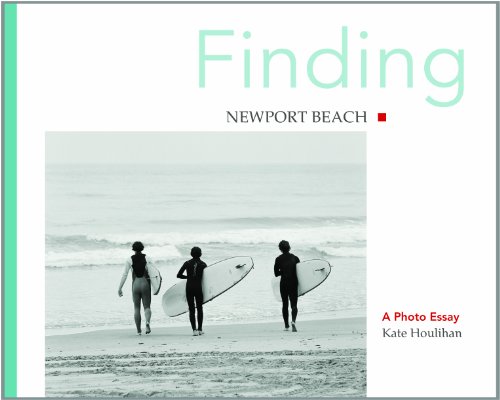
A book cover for Finding Newport Beach; Kate Houlihan; Travel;